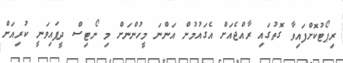
ރިޕޯޓުކޮށްފައިވާ ގޮތުގައި ރާއްޖެއަށް އެގައުމުން އަންނަ މީހުންނަށް މި ނޯޓިސް ދީފައިވަނީ ކުރިއަށް